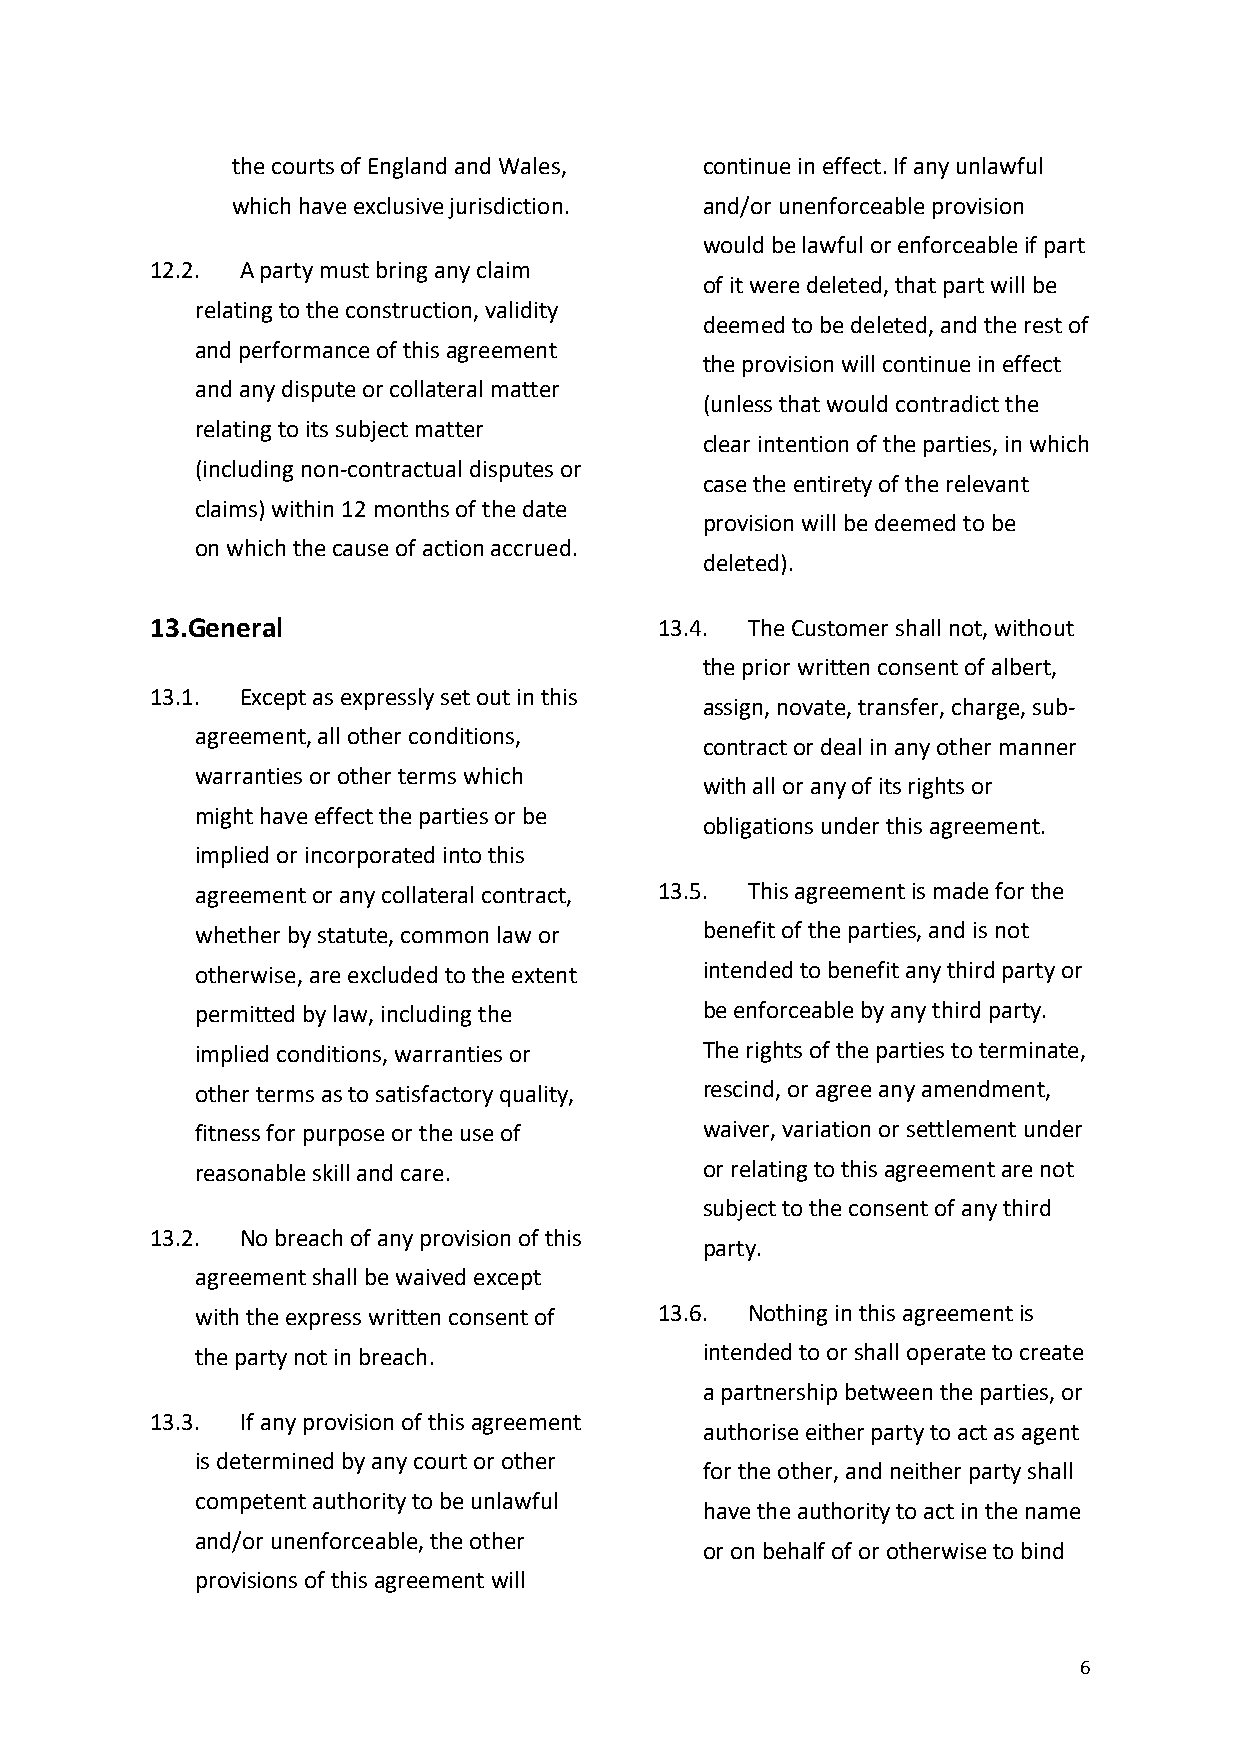
the courts of England and Wales, continue in effect. If any unlawful
 which have exclusive jurisdiction. and/or unenforceable provision
 would be lawful or enforceable if part
 12.2. A party must bring any claim
 of it were deleted, that part will be
 relating to the construction, validity
 deemed to be deleted, and the rest of
 and performance of this agreement
 the provision will continue in effect
 and any dispute or collateral matter
 (unless that would contradict the
 relating to its subject matter
 clear intention of the parties, in which
 (including non-contractual disputes or
 case the entirety of the relevant
 claims) within 12 months of the date
 provision will be deemed to be
 on which the cause of action accrued.
 deleted).
 13. General                       13.4. The Customer shall not, without
 the prior written consent of albert,
 13.1. Except as expressly set out in this
 assign, novate, transfer, charge, sub-
 agreement, all other conditions,
 contract or deal in any other manner
 warranties or other terms which
 with all or any of its rights or
 might have effect the parties or be
 obligations under this agreement.
 implied or incorporated into this
 agreement or any collateral contract, 13.5. This agreement is made for the
 whether by statute, common law or benefit of the parties, and is not
 otherwise, are excluded to the extent intended to benefit any third party or
 permitted by law, including the   be enforceable by any third party.
 implied conditions, warranties or The rights of the parties to terminate,
 other terms as to satisfactory quality, rescind, or agree any amendment,
 fitness for purpose or the use of waiver, variation or settlement under
 reasonable skill and care.        or relating to this agreement are not
 subject to the consent of any third
 13.2. No breach of any provision of this
 party.
 agreement shall be waived except
 with the express written consent of 13.6. Nothing in this agreement is
 the party not in breach.          intended to or shall operate to create
 a partnership between the parties, or
 13.3. If any provision of this agreement
 authorise either party to act as agent
 is determined by any court or other
 for the other, and neither party shall
 competent authority to be unlawful
 have the authority to act in the name
 and/or unenforceable, the other
 or on behalf of or otherwise to bind
 provisions of this agreement will
 6